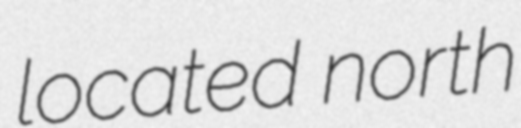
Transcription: located north